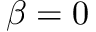
\beta = 0